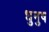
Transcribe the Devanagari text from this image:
धुनुष